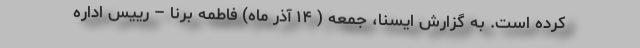
کرده است. به گزارش ایسنا، جمعه ( ۱۴ آذر ماه) فاطمه برنا – رییس اداره